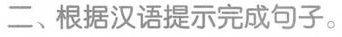
二、根据汉语提示完成句子。